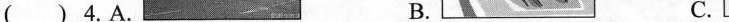
( ) 4. A. B. C.